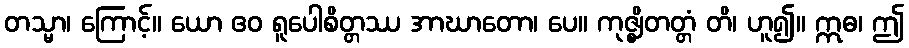
တသ္မာ၊ ကြောင့်။ ယော ဧဝ ရူပေါစိတ္တဿ အာဃာတော၊ ပေ။ ကုဇ္ဈိတတ္တံ တိ၊ ဟူ၍။ ဣဓ၊ ဤ